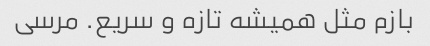
بازم مثل همیشه تازه و سریع. مرسی